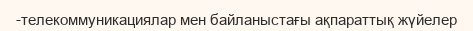
-телекоммуникациялар мен байланыстағы ақпараттық жүйелер